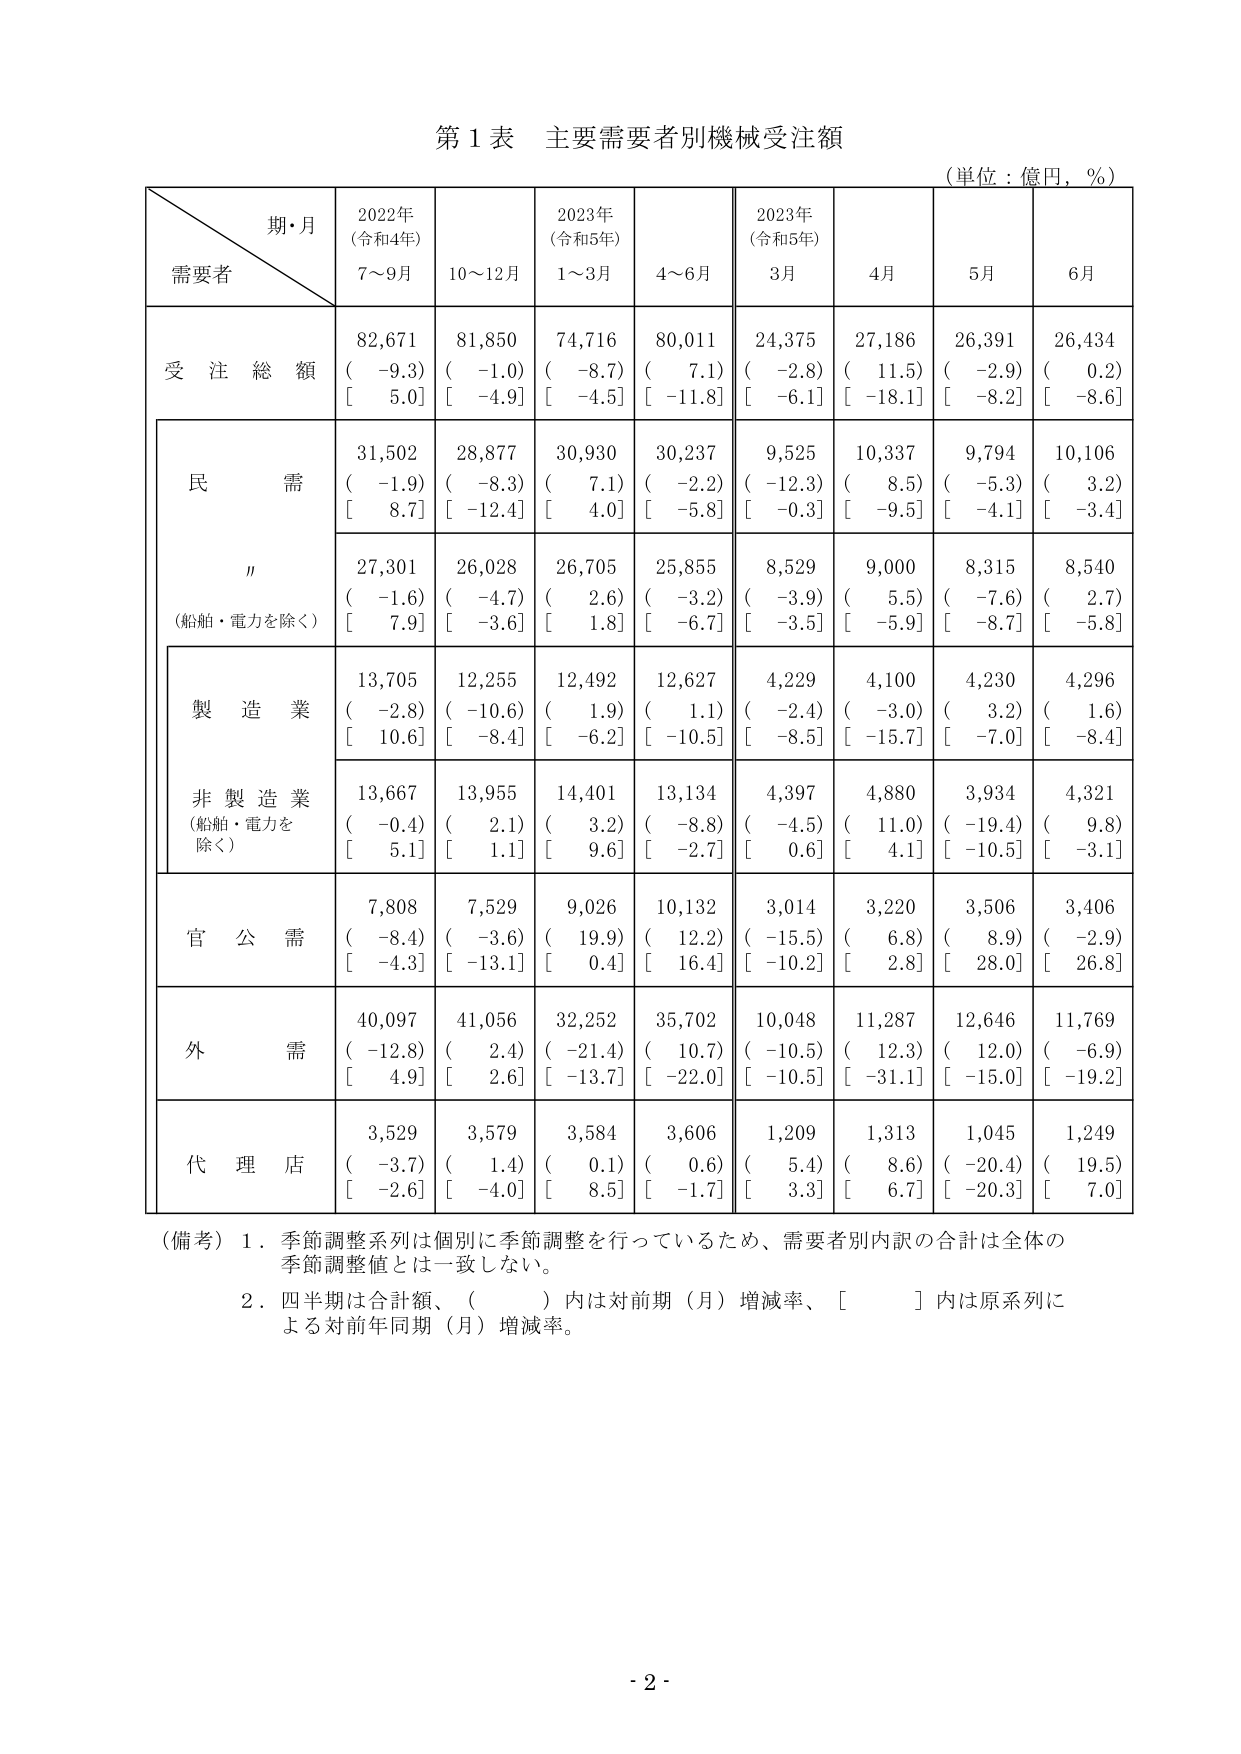
第1表 主要需要者別機械受注額
（単位：億円，％）

期・月
需要者
2022年
（令和4年）
7～9月
10～12月
2023年
（令和5年）
1～3月
4～6月
2023年
（令和5年）
3月
4月
5月
6月

受注総額
82,671
（ -9.3）
[ 5.0]
81,850
（ -1.0）
[ -4.9]
74,716
（ -8.7）
[ -4.5]
80,011
（ 7.1）
[ -11.8]
24,375
（ -2.8）
[ -6.1]
27,186
（ 11.5）
[ -18.1]
26,391
（ -2.9）
[ -8.2]
26,434
（ 0.2）
[ -8.6]

民需
31,502
（ -1.9）
[ 8.7]
28,877
（ -8.3）
[ -12.4]
30,930
（ 7.1）
[ 4.0]
30,237
（ -2.2）
[ -5.8]
9,525
（ -12.3）
[ -0.3]
10,337
（ 8.5）
[ -9.5]
9,794
（ -5.3）
[ -4.1]
10,106
（ 3.2）
[ -3.4]

〃
（船舶・電力を除く）
27,301
（ -1.6）
[ 7.9]
26,028
（ -4.7）
[ -3.6]
26,705
（ 2.6）
[ 1.8]
25,855
（ -3.2）
[ -6.7]
8,529
（ -3.9）
[ -3.5]
9,000
（ 5.5）
[ -5.9]
8,315
（ -7.6）
[ -8.7]
8,540
（ 2.7）
[ -5.8]

製造業
13,705
（ -2.8）
[ 10.6]
12,255
（ -10.6）
[ -8.4]
12,492
（ 1.9）
[ -6.2]
12,627
（ 1.1）
[ -10.5]
4,229
（ -2.4）
[ -8.5]
4,100
（ -3.0）
[ -15.7]
4,230
（ 3.2）
[ -7.0]
4,296
（ 1.6）
[ -8.4]

非製造業
（船舶・電力を除く）
13,667
（ -0.4）
[ 5.1]
13,955
（ 2.1）
[ 1.1]
14,401
（ 3.2）
[ 9.6]
13,134
（ -8.8）
[ -2.7]
4,397
（ -4.5）
[ 0.6]
4,880
（ 11.0）
[ 4.1]
3,934
（ -19.4）
[ -10.5]
4,321
（ 9.8）
[ -3.1]

官公需
7,808
（ -8.4）
[ -4.3]
7,529
（ -3.6）
[ -13.1]
9,026
（ 19.9）
[ 0.4]
10,132
（ 12.2）
[ 16.4]
3,014
（ -15.5）
[ -10.2]
3,220
（ 6.8）
[ 2.8]
3,506
（ 8.9）
[ 28.0]
3,406
（ -2.9）
[ 26.8]

外需
40,097
（ -12.8）
[ 4.9]
41,056
（ 2.4）
[ 2.6]
32,252
（ -21.4）
[ -13.7]
35,702
（ 10.7）
[ -22.0]
10,048
（ -10.5）
[ -10.5]
11,287
（ 12.3）
[ -31.1]
12,646
（ 12.0）
[ -15.0]
11,769
（ -6.9）
[ -19.2]

代理店
3,529
（ -3.7）
[ -2.6]
3,579
（ 1.4）
[ -4.0]
3,584
（ 0.1）
[ 8.5]
3,606
（ 0.6）
[ -1.7]
1,209
（ 5.4）
[ 3.3]
1,313
（ 8.6）
[ 6.7]
1,045
（ -20.4）
[ -20.3]
1,249
（ 19.5）
[ 7.0]

（備考）1．季節調整系列は個別に季節調整を行っているため、需要者別内訳の合計は全体の季節調整値とは一致しない。
2．四半期は合計額、（　）内は対前期（月）増減率、［　］内は原系列による対前年同期（月）増減率。

- 2 -